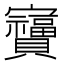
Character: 𫴩